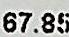
67.85